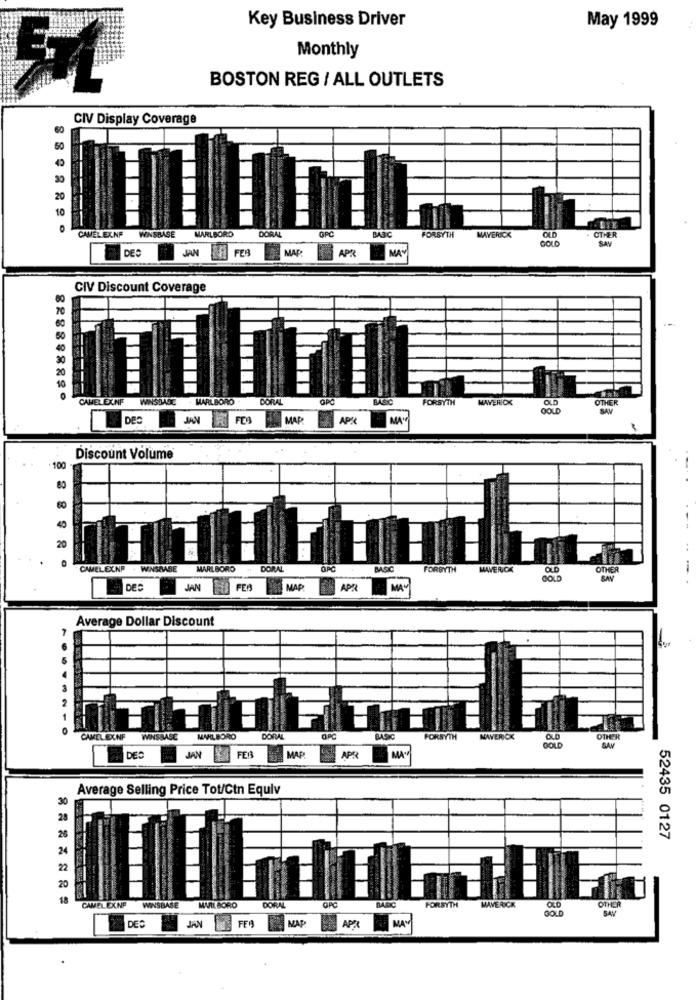
Key Business Driver
May 1999
Monthly
BOSTON REG / ALL OUTLETS
CIV Display Coverage
30
20
10
CAMEL EXNF
WINSBASE
MARLBORO
DORAL
GPC
BABC
FORSYTH
MAVERICK
OLD
GOLO
OTHER
SAY
DES
JAN
FER
MAP:
MA
APR
CIV Discount Coverage
CAMER EXNITE
WINSTAOC
MARLBORO
DORAL
OPC
BASIC
FORSYTH
MAVERICK
OLD
OTHER
GOLD
SAM
DES
MAP
APK
MAY
10
Discount Volume
80
20
CAMELEXNP . WINSBASE
MARLBORO
DORAL
BASIC
FORSYTH
MAVERICK
OLD
OTHER
SAN
DER
JAN
FEA
MAP
MAN
Average Dollar Discount
CAMELEXNF
WINSBASE
MARLBORO
DORAL
FORSYTH
MAVERICK
OTHER
GOLD
SAM
DES
JAN
FEB
MAP
APR
MA
Average Selling Price Tot/Ctn Equiv
30
26
52435 0127
WINSBASE
DORN
OTHER
CAMELEXNE
MARLBORO
GPC
BASIC
FORSYTH
MAVERICK
OLD
BAY
FFA
MAP
MAM
DES
JAN
APPR